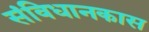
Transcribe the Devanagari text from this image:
संविधानकास